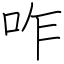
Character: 咋